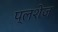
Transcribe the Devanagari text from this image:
प्लशेज